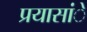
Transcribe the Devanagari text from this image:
प्रयासांे